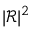
| \mathcal { R } | ^ { 2 }